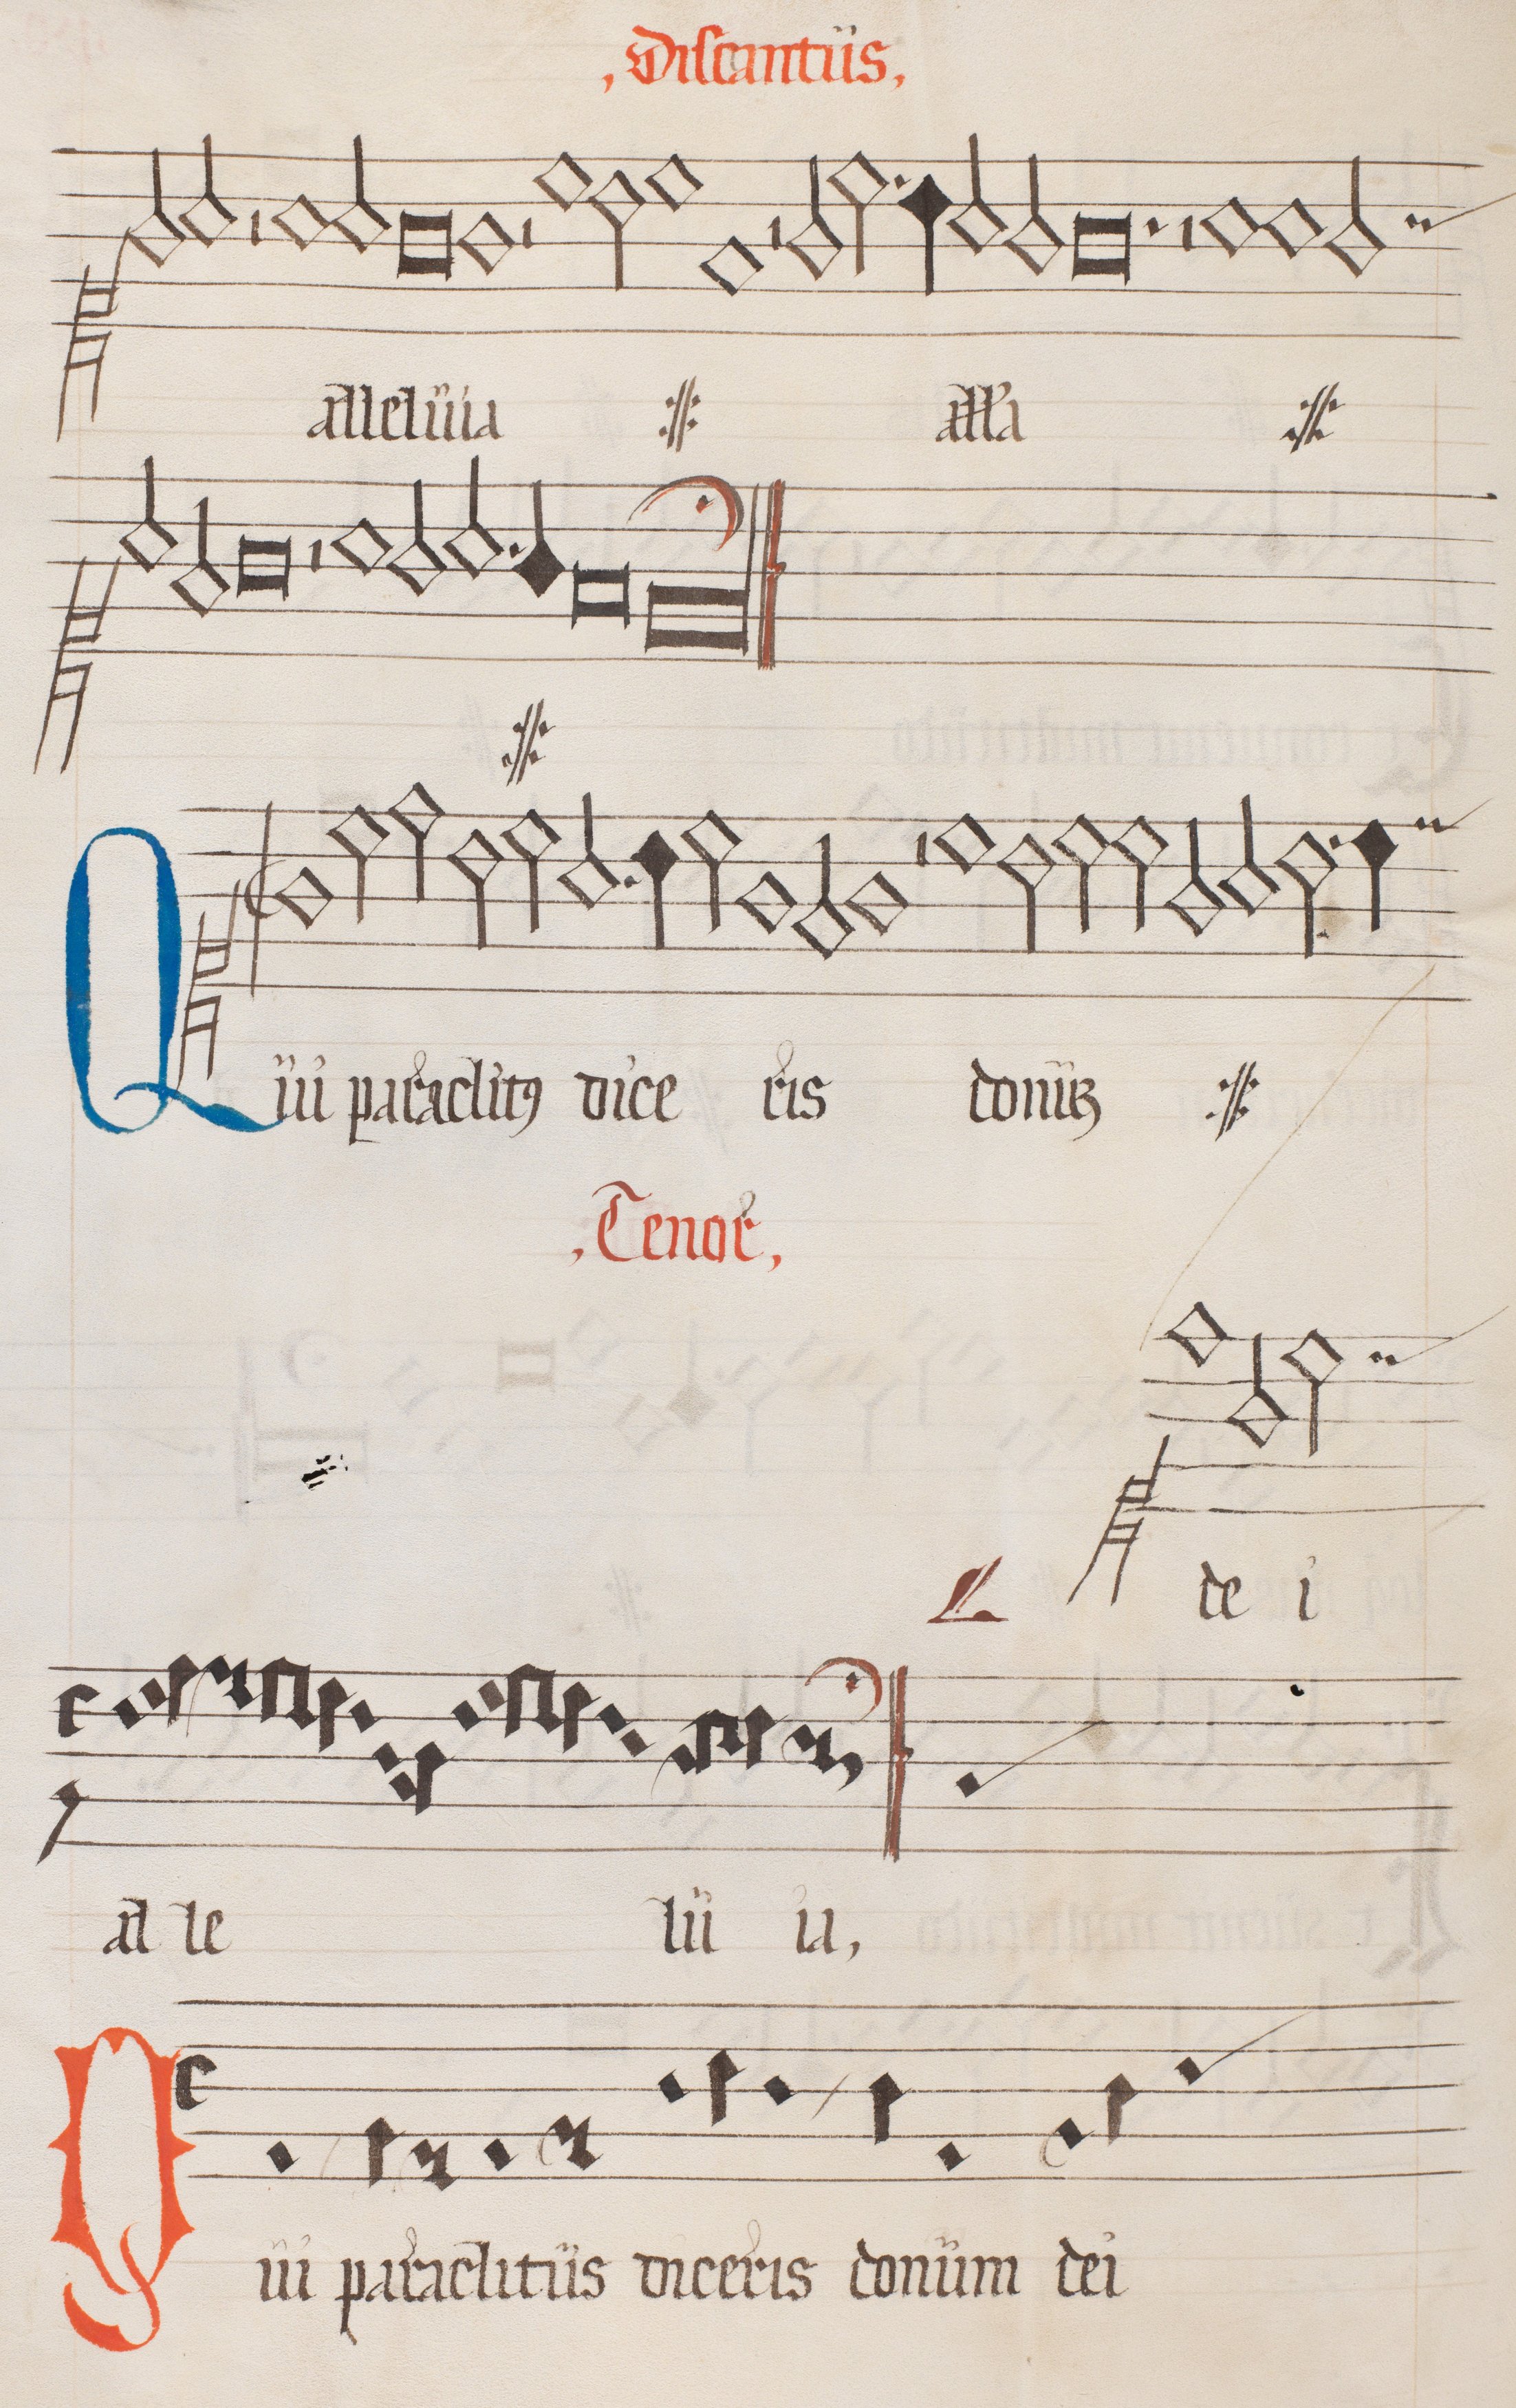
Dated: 1562–1564